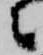
々